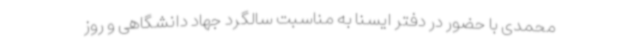
محمدی با حضور در دفتر ایسنا به مناسبت سالگرد جهاد دانشگاهی و روز